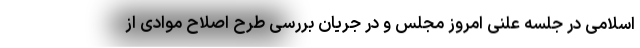
اسلامی در جلسه علنی امروز مجلس و در جریان بررسی طرح اصلاح موادی از